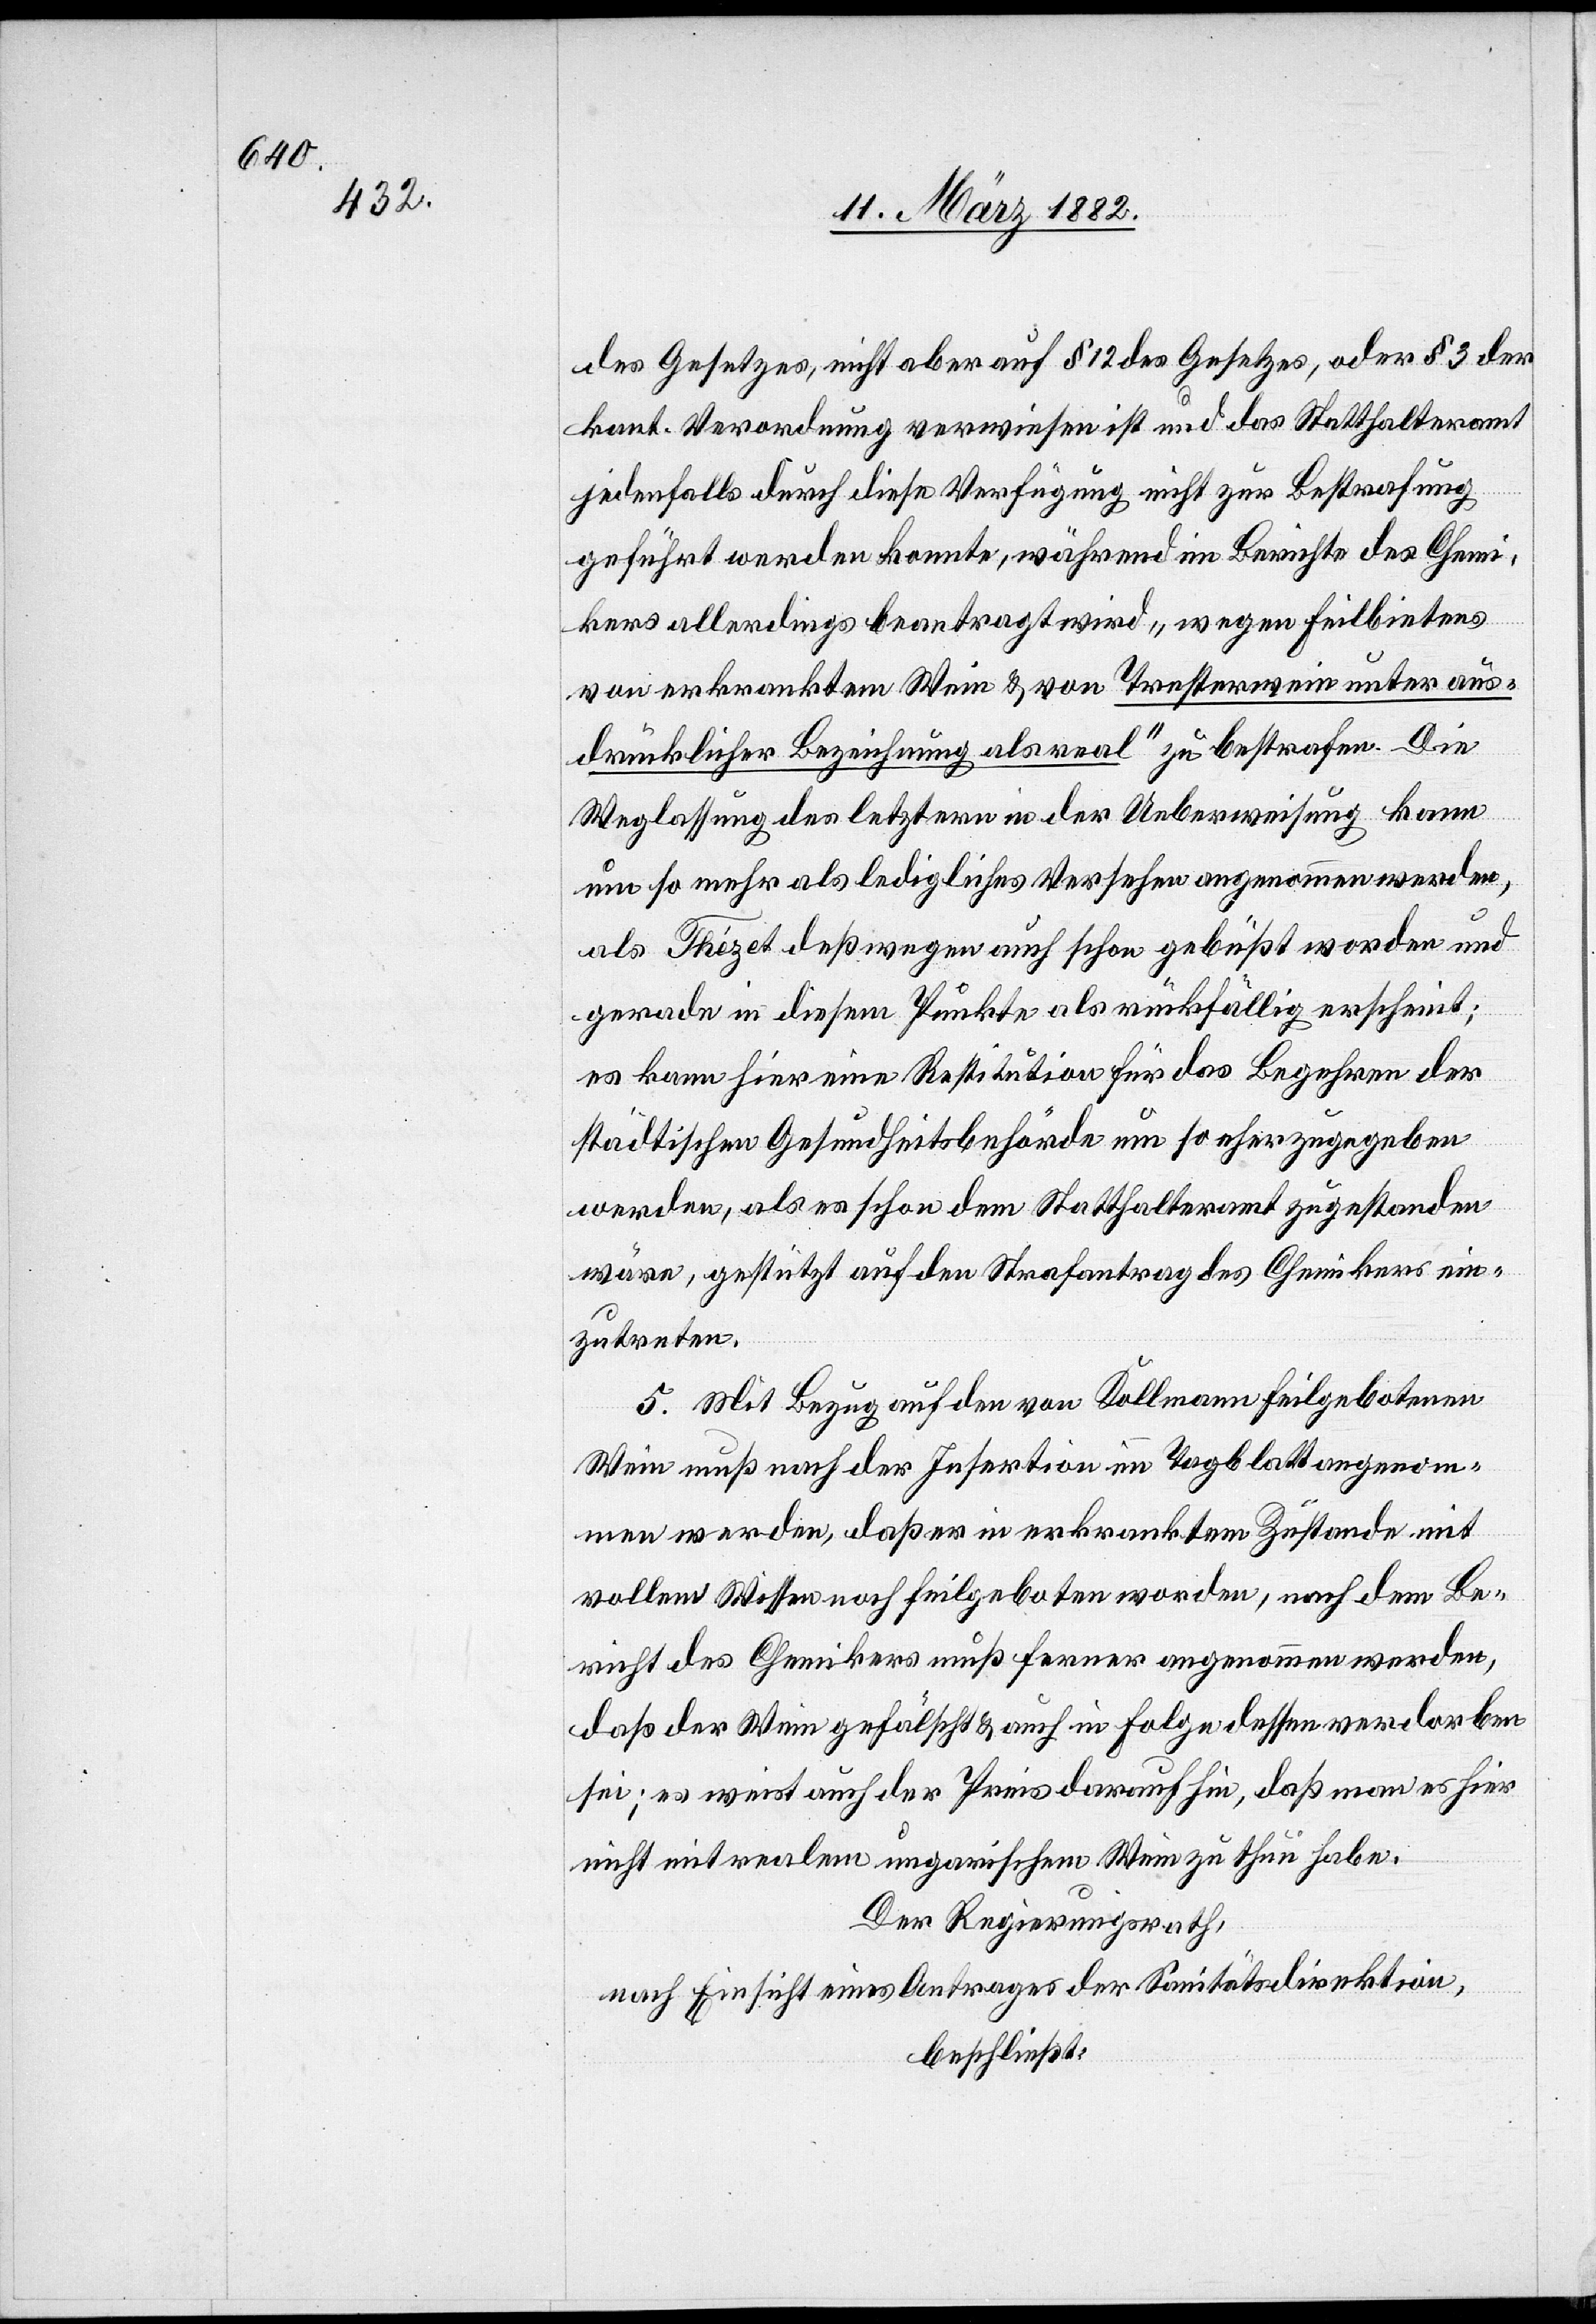
des Gesetzes, nicht aber auf § 12 des Gesetzes, oder § 3 der
kant. Verordnung verwiesen ist und das Statthalteramt
jedenfalls durch diese Verfügung nicht zu Bestrafung
geführt werden konnte, während im Berichte des Chemi¬
kers allerdings beantragt wird, „wegen Feilbietens
von erkranktem Wein & von Tresterwein unter aus¬
drücklicher Bezeichnung als real“ zu bestrafen. Die
Weglassung des letztern in der Ueberweisung kann
um so mehr als ledigliches Versehen angenommen werden,
als Thézet deßwegen auch schon gebüßt worden und
gerade in diesem Punkte als rückfällig erscheint;
es kann hier eine Restitution für das Begehren der
städtischen Gesundheitsbehörde um so eher zugegeben
werden, als es schon dem Statthalteramt zugestanden
wäre, gestützt auf den Strafantrag des Chemikers ein¬
zutreten.
5. Mit Bezug auf den von Kollmann feilgebotenen
Wein muß nach der Insertion im Tagblatt angenom¬
men werden, daß er in erkranktem Zustande mit
vollem Wissen noch feilgeboten worden, nach dem Be¬
richt des Chemikers muß ferner angenommen werden,
daß der Wein gefälscht & auch in Folge dessen verdorben
sei; es weist auch der Preis darauf hin, daß man es hier
nicht mit realem ungarischem Wein zu thun habe.
Der Regierungsrath,
nach Einsicht eines Antrages der Sanitätsdirektion,
beschließt: